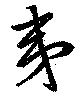
夷